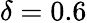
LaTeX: \delta=0.6